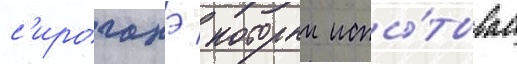
с'ироганэ / которыи испы́тывает